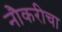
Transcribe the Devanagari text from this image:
नौकरीचा